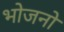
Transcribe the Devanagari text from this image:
भोजनो